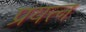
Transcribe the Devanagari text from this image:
प्रयत्त्न